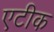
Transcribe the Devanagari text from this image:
एटीक